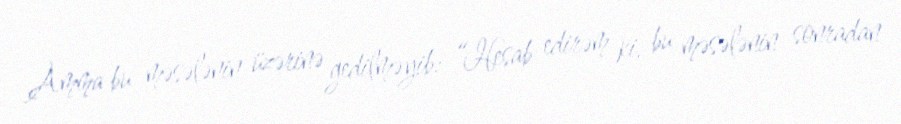
Amma bu məsələnin üzərinə gedilməyib: “Hesab edirəm ki, bu məsələnin sonradan